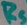
Text: RS